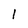
Character: 1